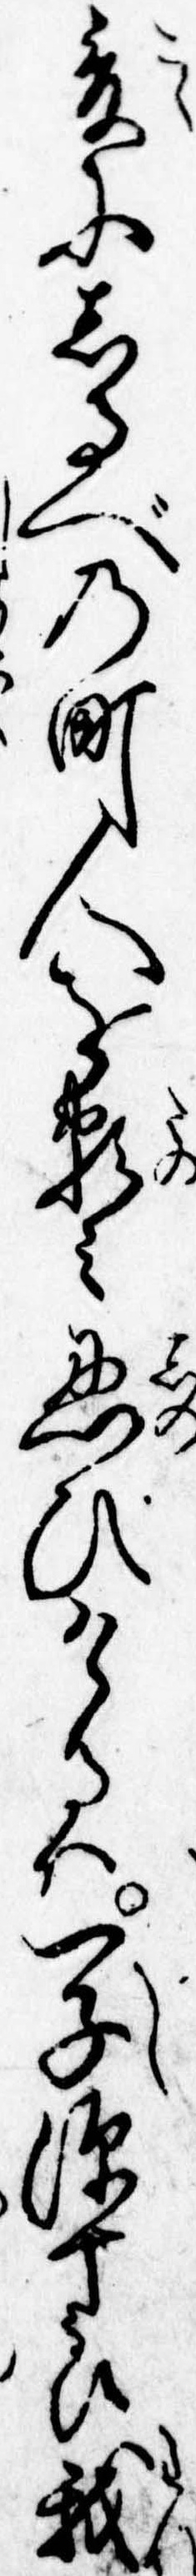
爰にしるべの町人を頼み忍びけるは一子源十郎我